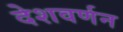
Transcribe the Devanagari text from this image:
देशवर्णन